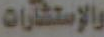
والاستشارات